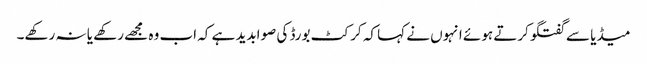
میڈیا سے گفتگو کرتے ہوئے انہوں نے کہا کہ کرکٹ بورڈ کی صوابدید ہے کہ اب وہ مجھے رکھے یا نہ رکھے۔